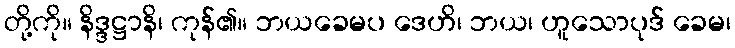
တို့ကို။ နိဒ္ဒဋ္ဌာနိ၊ ကုန်၏။ ဘယခေမပ ဒေဟိ၊ ဘယ၊ ဟူသောပုဒ် ခေမ၊